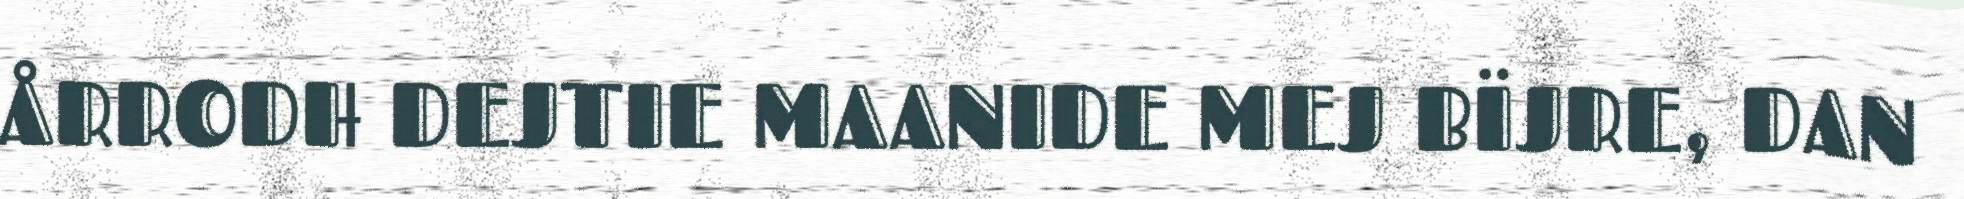
ÅRRODH DEJTIE MAANIDE MEJ BÏJRE, DAN